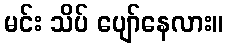
မင်း သိပ် ပျော်နေလား။